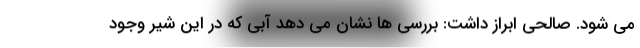
می شود. صالحی ابراز داشت: بررسی ها نشان می دهد آبی که در این شیر وجود